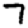
Digit: 7